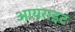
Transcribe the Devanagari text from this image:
आयराइट